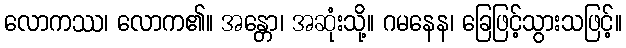
လောကဿ၊ လောက၏။ အန္တော၊ အဆုံးသို့။ ဂမနေန၊ ခြေဖြင့်သွားသဖြင့်။